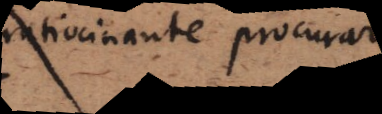
ratiocinante procurari